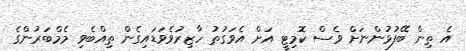
އެ ތިން ބޭފުޅުންނަށް ވެސް ކޮމިޓީ އަށް އެވަގުތު ހާޒިރުވެވަޑައިގެން ތިއްބެވި މެމްބަރުންގެ